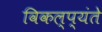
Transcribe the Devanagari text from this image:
विकल्प्यंते